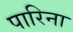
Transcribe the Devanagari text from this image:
पारिना